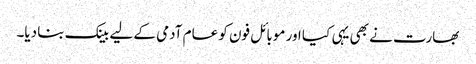
بھارت نے بھی یہی کیا اور موبائل فون کو عام آدمی کے لیے بینک بنا دیا۔